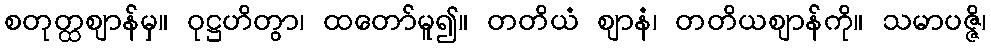
စတုတ္ထဈာန်မှ။ ဝုဋ္ဌဟိတွာ၊ ထတော်မူ၍။ တတိယံ ဈာနံ၊ တတိယဈာန်ကို။ သမာပဇ္ဇိ၊